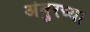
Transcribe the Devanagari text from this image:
अंबुरच्या